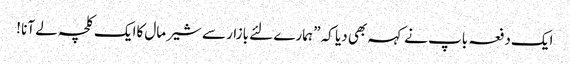
ایک دفعہ باپ نے کہہ بھی دیا کہ ” ہمارے لئے بازار سے شیر مال کاایک کلچہ لے آنا !